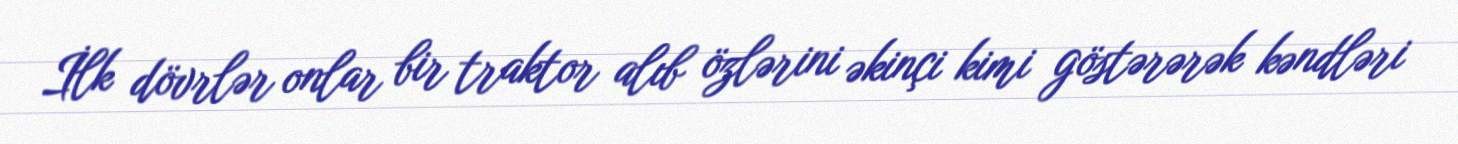
İlk dövrlər onlar bir traktor alıb özlərini əkinçi kimi göstərərək kəndləri